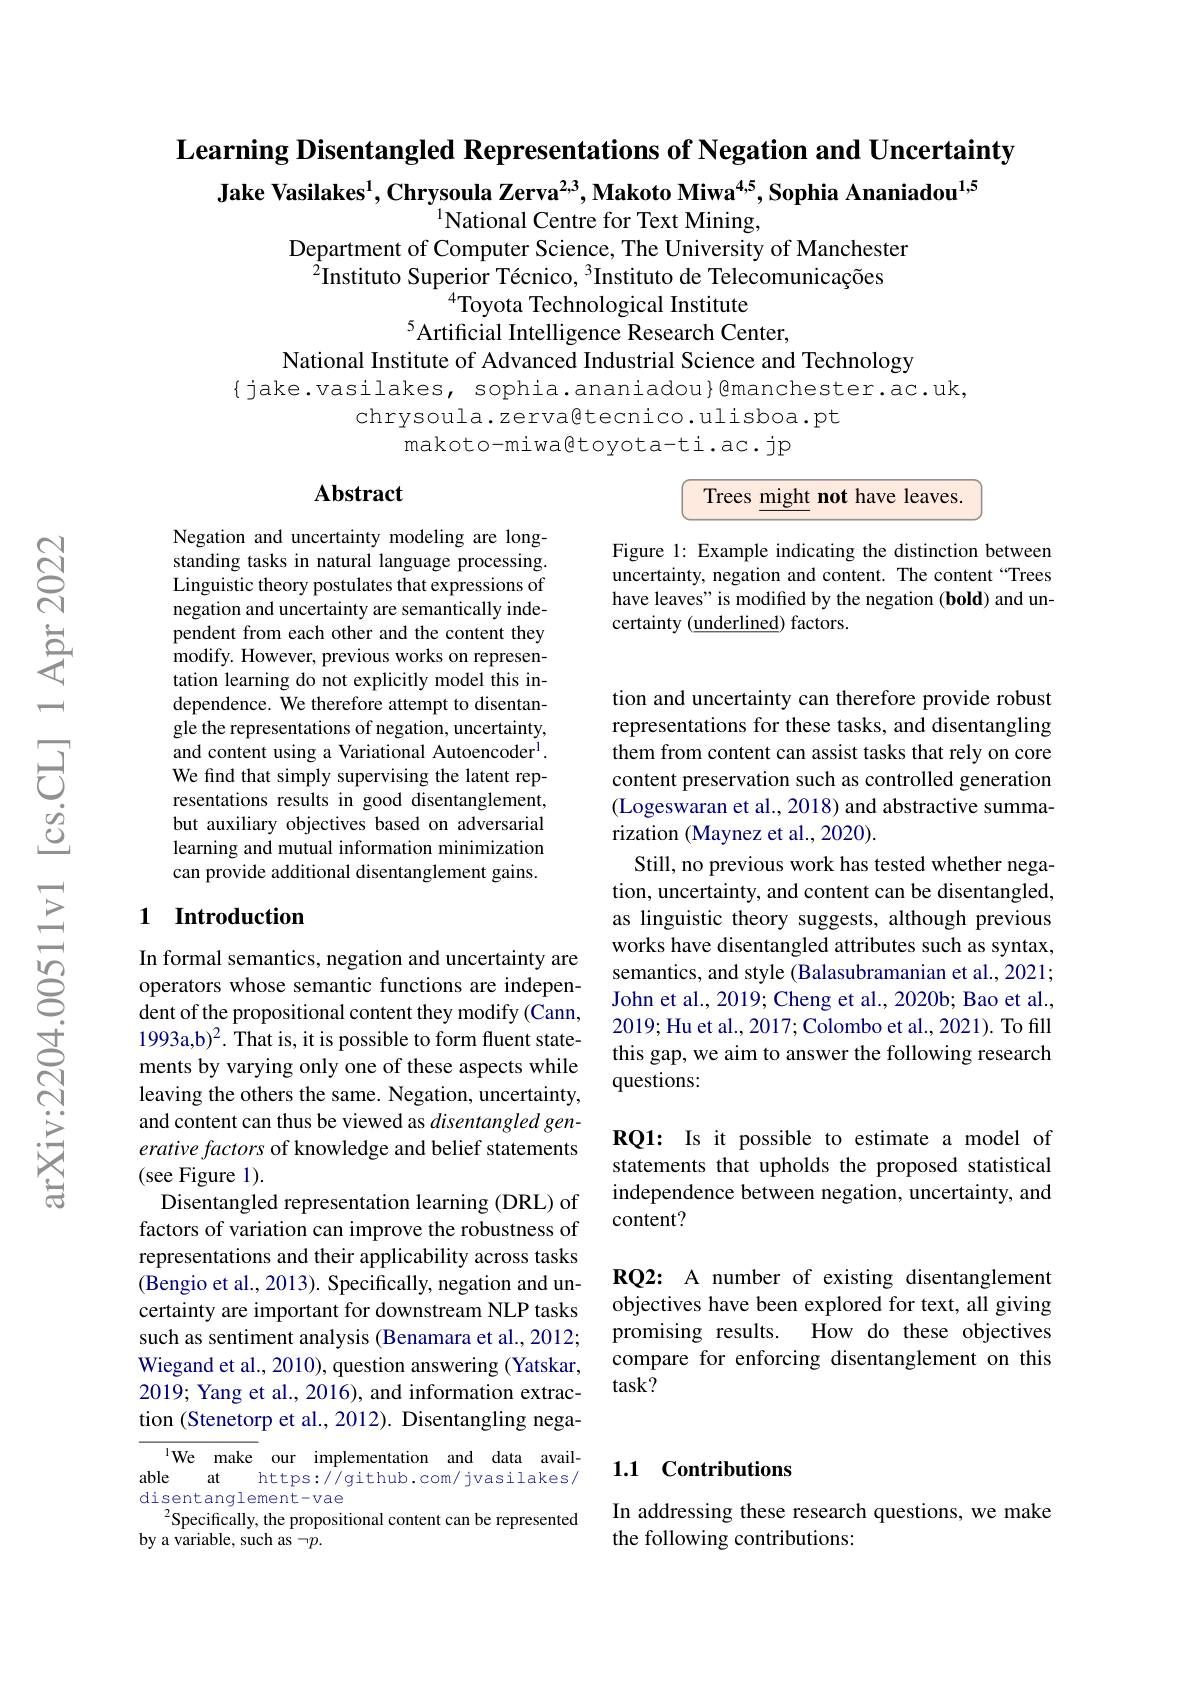
Learning Disentangled Representations of Negation and Uncertainty

Jake Vasilakes$^1$,Chrysoula Zerva$^{2,3}$,Makoto Miwa$^{4,5}$,Sophia Ananiadou$^{1,5}$
$^{1}$National Centre for Text Mining,
Department of Computer Science, The University of Manchester
$^{\hat{2}}$Instituto Superior Técnico, $^3$Instituto de Telecomunicações
$^{4}$Toyota Technological Institute
$^{5}$Artificial Intelligence Research Center,
National Institute of Advanced Industrial Science and Technology

$\{$jake.vasilakes, sophia.ananiadou}@manchester.ac.uk,
chrysoula.zerva@tecnico.ulisboa.pt
makoto-miwa@toyota-ti.ac.jp

### $\mathbf{Abstract}$
$$\boxed{\text{Trees might not have leaves.}}$$
Figure 1: Example indicating the distinction between uncertainty, negation and content. The content “Trees have leaves" is modified by the negation (bold) and uncertainty ($\underline{\text{underlined}}$) factors.

Negation and uncertainty modeling are longstanding tasks in natural language processing. Linguistic theory postulates that expressions of negation and uncertainty are semantically independent from each other and the content they modify. However, previous works on representation learning do not explicitly model this independence. We therefore attempt to disentangle the representations of negation, uncertainty, and content using a Variational Autoencoder$^{\mathrm{l}}.$ We find that simply supervising the latent representations results in good disentanglement but auxiliary objectives based on adversarial learning and mutual information minimization can provide additional disentanglement gains.

tion and uncertainty can therefore provide robust representations for these tasks, and disentangling them from content can assist tasks that rely on core content preservation such as controlled generation (Logeswaran et al., 2018) and abstractive summarization (Maynez et al., 2020).
Still, no previous work has tested whether negation, uncertainty, and content can be disentangled, as linguistic theory suggests, although previous works have disentangled attributes such as syntax, semantics, and style (Balasubramanian et al., 2021; John et al., 2019; Cheng et al., 2020b; Bao et al., 2019; Hu et al., 2017; Colombo et al., 2021). To fill this gap, we aim to answer the following research questions:

## 1 Introduction

RQ1: Is it possible to estimate a model of statements that upholds the proposed statistical independence between negation, uncertainty, and content?

In formal semantics, negation and uncertainty are operators whose semantic functions are independent of the propositional content they modify (Cann, 1993a,b)$^2.$ That is, it is possible to form fluent statements by varying only one of these aspects while leaving the others the same. Negation, uncertainty, and content can thus be viewed as disentangled generative factors of knowledge and belief statements (see Figure 1).
Disentangled representation learning (DRL) of factors of variation can improve the robustness of representations and their applicability across tasks (Bengio et al., 2013). Specifically, negation and uncertainty are important for downstream NLP tasks such as sentiment analysis (Benamara et al., 2012; Wiegand et al., 2010), question answering (Yatskar, 2019; Yang et al., 2016), and information extraction (Stenetorp et al.,2012). Disentangling nega-

RQ2: A number of existing disentanglement objectives have been explored for text, all giving promising results. How do these objectives compare for enforcing disentanglement on this task?

## 1.1 Contributions

lWe make our implementation and data avail-
able
at
https: / / github. com/ jvasilakes/
disentanglement-vae
$^{2}$Specifically, the propositional content can be represented
$\dot{\text{by a variable, such as}}\neg p.$

In addressing these research questions, we make
the following contributions: